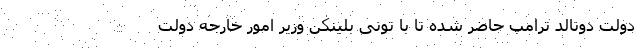
دولت دونالد ترامپ حاضر شده تا با تونی بلینکن وزیر امور خارجه دولت